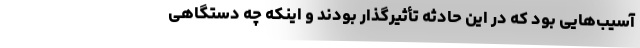
آسیب‌هایی بود که در این حادثه تأثیرگذار بودند و اینکه چه دستگاهی